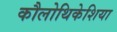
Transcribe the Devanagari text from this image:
कौलोथिकेशिया